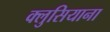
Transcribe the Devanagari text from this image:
क्लुसियाना